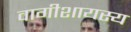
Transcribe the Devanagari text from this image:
वागीशायस्य